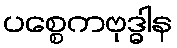
ပစ္စေကဗုဒ္ဓါန